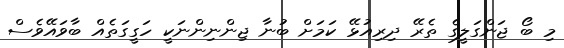
މި ބޯ ޖަންގަލީގެ ތެރޭ ދިރިއުޅޭ ކަމަށް ބުނާ ޖިންނިންނަކީ ހަގީގަތެއް ބާވައޭވެސް